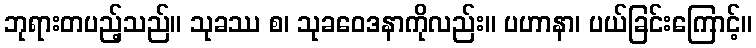
ဘုရားတပည့်သည်။ သုခဿ စ၊ သုခဝေဒနာကိုလည်း။ ပဟာနာ၊ ပယ်ခြင်းကြောင့်။